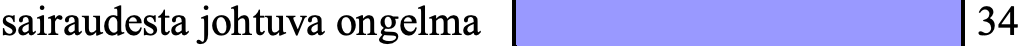
sairaudesta johtuva ongelma      34